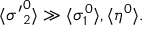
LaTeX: \langle { \sigma ^ { \prime } } _ { 2 } ^ { 0 } \rangle \gg \langle \sigma _ { 1 } ^ { 0 } \rangle , \langle \eta ^ { 0 } \rangle .